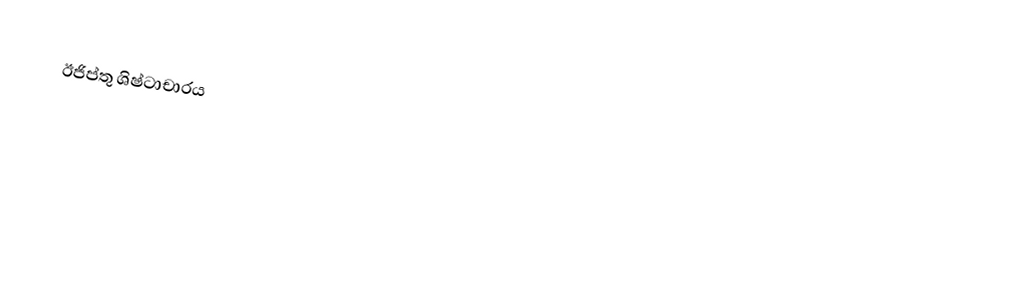
ඊජිප්තු ශිෂ්ටාචාරය